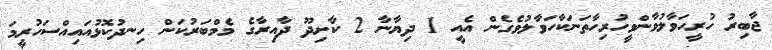
ޖާބިރު ހުރީހަވާލުވާންވީހުރިހާތަނަކާހަވާލުވެގެން އެއީ 1 ދިޔާނާ 2 ކާށިދޫ ދާއިރާގެ މެމްބަރުކަން ހިނދުކޮޅުއައިއްސަހުރީމަ